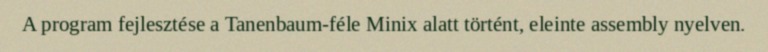
A program fejlesztése a Tanenbaum-féle Minix alatt történt, eleinte assembly nyelven.